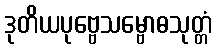
ဒုတိယပုဗ္ဗေသမ္ဗောဓသုတ္တံ